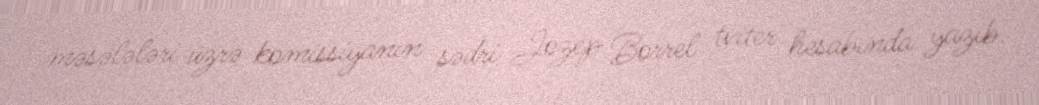
məsələləri üzrə komissiyanın sədri Jozep Borrel tviter hesabında yazıb.